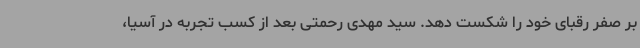
بر صفر رقبای خود را شکست دهد. سید مهدی رحمتی بعد از کسب تجربه در آسیا،